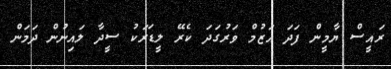
ރައީސް ޔާމީން ފަދަ އަޒުމް ވަރުގަދަ ކެރޭ ލީޑަރަކު ސީދާ ލައިނުން ދަމަން